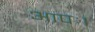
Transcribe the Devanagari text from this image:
आपः।